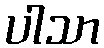
ပါသာ